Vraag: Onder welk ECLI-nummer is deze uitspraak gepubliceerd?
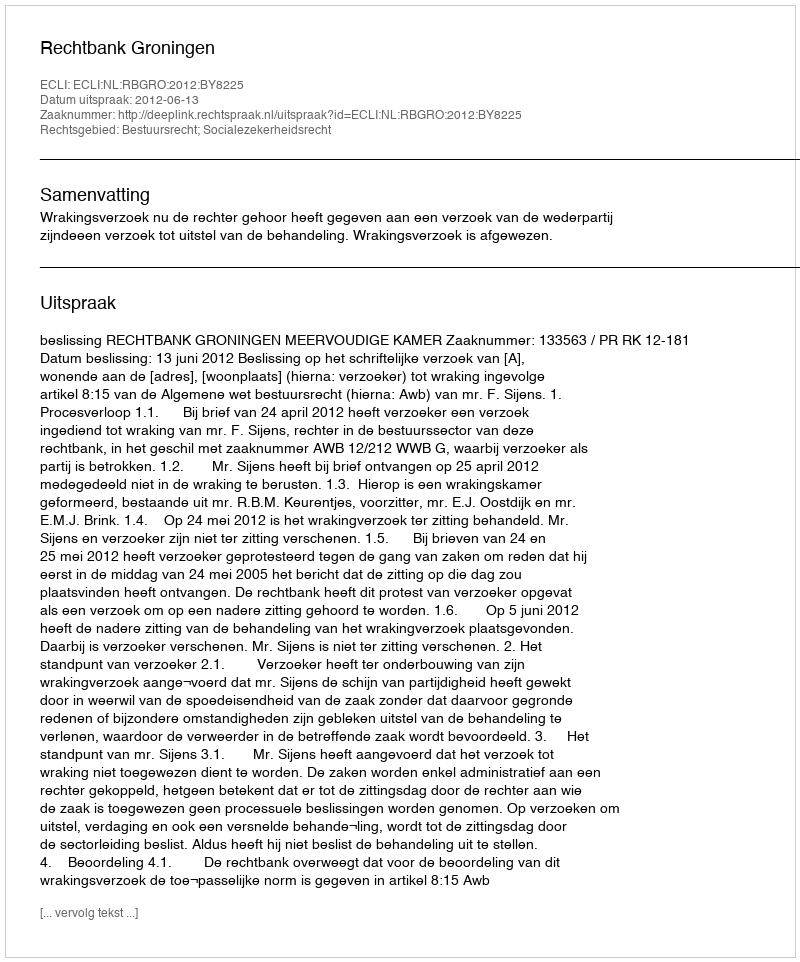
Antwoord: ECLI:NL:RBGRO:2012:BY8225